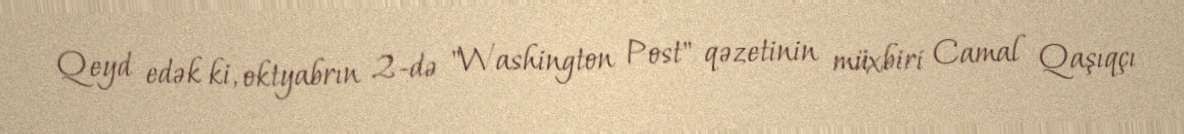
Qeyd edək ki, oktyabrın 2-də "Washington Post" qəzetinin müxbiri Camal Qaşıqçı